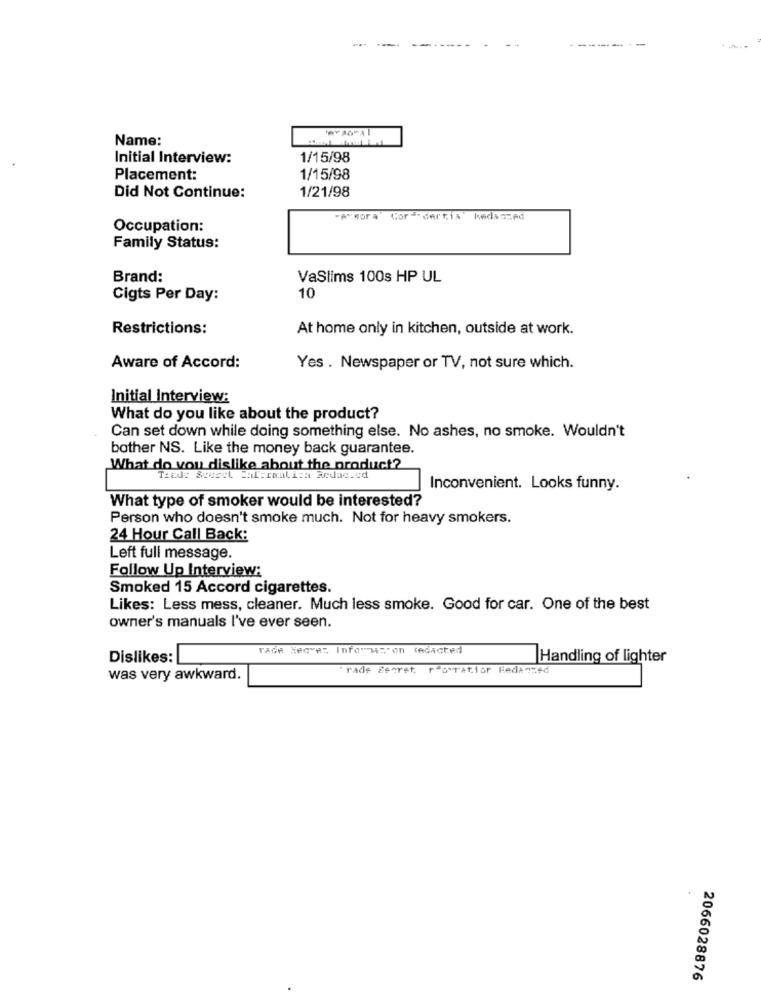
Name:
Initial Interview:
1/15/98
Placement:
1/15/98
1/21/98
Did Not Continue:
-e"sora" Cor-dertis" kedaszed
Occupation:
Family Status:
Brand:
VaSlims 100s HP UL
Cigts Per Day:
10
Restrictions:
At home only in kitchen, outside at work.
Aware of Accord:
Yes . Newspaper or TV, not sure which.
Initial Interview:
What do you like about the product?
Can set down while doing something else. No ashes, no smoke. Wouldn't
bother NS. Like the money back guarantee.
What do you dislike about the product?
Tiad: Sceset Salermalica Redac.cd
Inconvenient. Looks funny.
What type of smoker would be interested?
Person who doesn't smoke much. Not for heavy smokers.
24 Hour Call Back:
Left full message.
Follow Up Interview:
Smoked 15 Accord cigarettes.
Likes: Less mess, cleaner. Much less smoke. Good for car. One of the best
owner's manuals I've ever seen.
Tade Secvez Inforusion tedacted
Dislikes:
Handling of lighter
"rade Eeerst. royratior Redanted
was very awkward.
2066028876